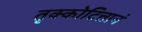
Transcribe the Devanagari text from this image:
तृक्कोटित्तानं